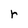
Character: r